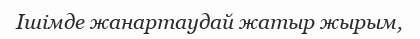
Ішімде жанартаудай жатыр жырым,